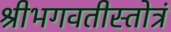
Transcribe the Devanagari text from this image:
श्रीभगवतीस्तोत्रं